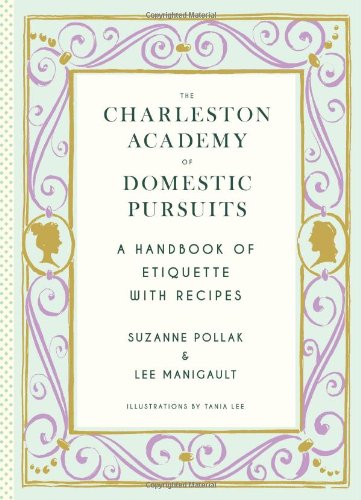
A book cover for Charleston Academy of Domestic Pursuits: A Handbook of Etiquette with Recipes; Suzanne Pollak; Cookbooks, Food & Wine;